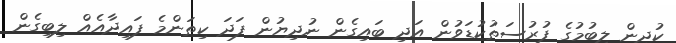
ކުދިން ލިބުމުގެ ފުރުސަތުކުޑަވުން އަދި ބައިގެން ނުދިޔުން ފަދަ ކިތަންމެ ފައިދާއެއް ލިބިގެން